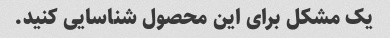
یک مشکل برای این محصول شناسایی کنید.